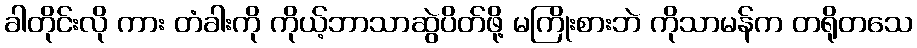
ခါတိုင်းလို ကား တံခါးကို ကိုယ့်ဘာသာဆွဲပိတ်ဖို့ မကြိုးစားဘဲ ကိုသာမန်က တရိုတသေ